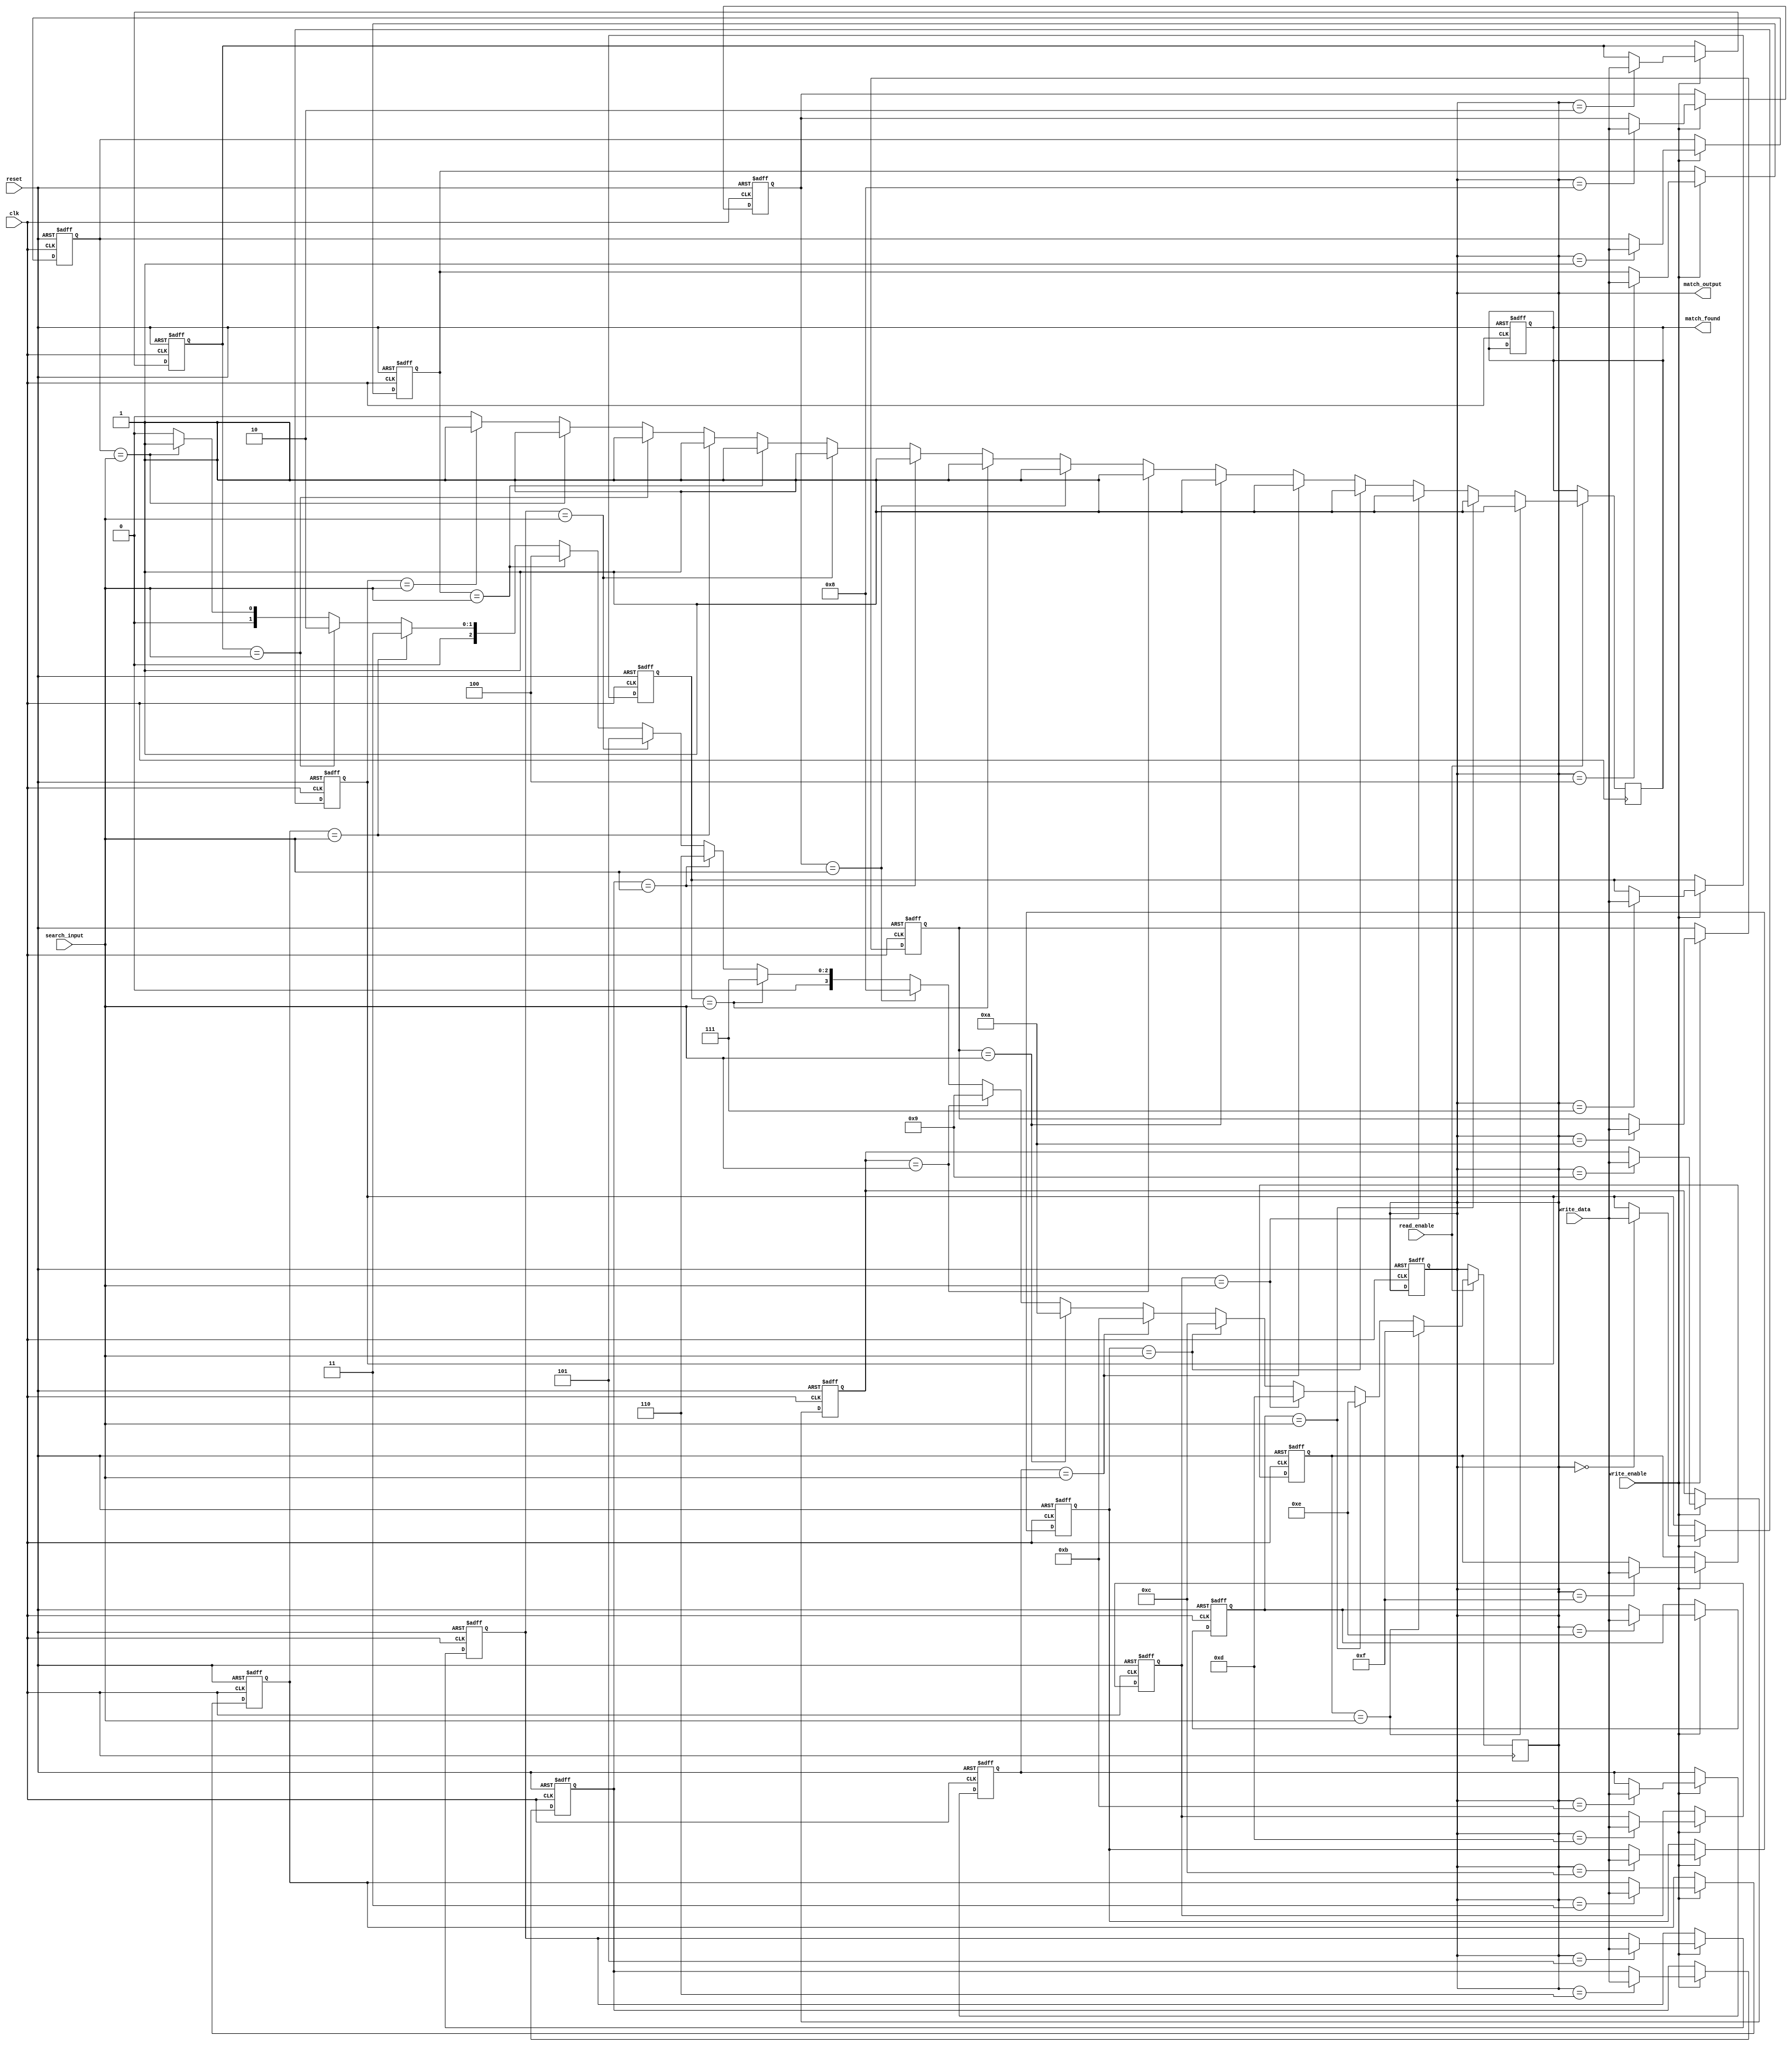
module io_blocks_cam #(
    parameter DATA_WIDTH = 8,   // Width of the data stored in CAM
    parameter ADDR_WIDTH = 4     // Number of entries in CAM (2^ADDR_WIDTH)
) (
    input wire clk,
    input wire reset,
    input wire write_enable,
    input wire read_enable,
    input wire [DATA_WIDTH-1:0] search_input,
    input wire [DATA_WIDTH-1:0] write_data,
    output reg [ADDR_WIDTH-1:0] match_output,
    output reg match_found
);

    // Memory array to store data
    reg [DATA_WIDTH-1:0] cam_array [0:(1 << ADDR_WIDTH)-1];
    reg [ADDR_WIDTH-1:0] i;

    // Initialize match output and match found flag
    initial begin
        match_output = 0;
        match_found = 0;
        for (i = 0; i < (1 << ADDR_WIDTH); i = i + 1) begin
            cam_array[i] = 0; // Initialize CAM entries to 0
        end
    end

    // Write operation
    always @(posedge clk or posedge reset) begin
        if (reset) begin
            // Reset CAM entries
            for (i = 0; i < (1 << ADDR_WIDTH); i = i + 1) begin
                cam_array[i] <= 0;
            end
            match_output <= 0;
            match_found <= 0;
        end else if (write_enable) begin
            // Write data to CAM
            cam_array[match_output] <= write_data; // Write to the specified address
        end
    end

    // Search operation
    always @(posedge clk) begin
        if (read_enable) begin
            match_found <= 0; // Reset match found flag
            match_output <= 0; // Reset match output
            for (i = 0; i < (1 << ADDR_WIDTH); i = i + 1) begin
                if (cam_array[i] == search_input) begin
                    match_output <= i; // Store the index of the first match
                    match_found <= 1; // Set match found flag
                end
            end
        end
    end

endmodule